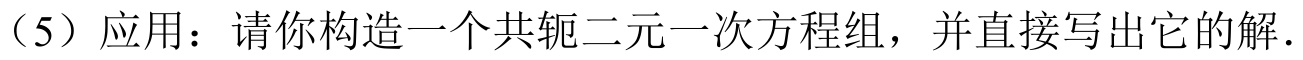
(5) 应用：请你构造一个共轭二元一次方程组，并直接写出它的解.